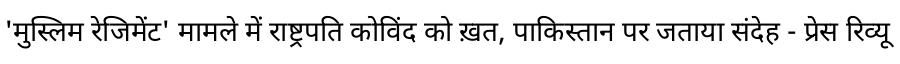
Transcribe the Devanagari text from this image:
'मुस्लिम रेजिमेंट' मामले में राष्ट्रपति कोविंद को ख़त, पाकिस्तान पर जताया संदेह - प्रेस रिव्यू